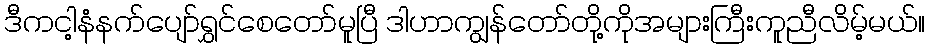
ဒီကငါ့နံနက်ပျော်ရွှင်စေတော်မူပြီ ဒါဟာကျွန်တော်တို့ကိုအများကြီးကူညီလိမ့်မယ်။